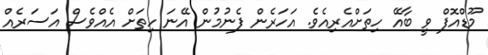
މޫޑްއޮފް ވީ ބާއޭ ހިތަށްއެރިއެވެ. އަހަރެން ފެނުމުން އޭނަ ހިތަށް އެއްވެސް އަސަރެއް